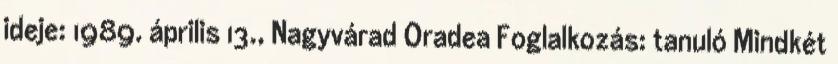
ideje: 1989. április 13., Nagyvárad Oradea Foglalkozás: tanuló Mindkét